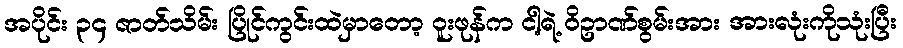
အပိုင်း ၃၄ ဇာတ်သိမ်း ပြိုင်ကွင်းထဲမှာတော့ ဝူးဖုန်က ငါ့ရဲ့ ဝိဥာဏ်စွမ်းအား အားလုံးကိုသုံးပြီး